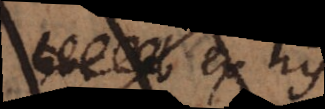
Ex his